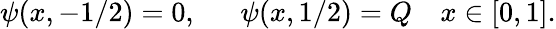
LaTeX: \psi(x,-1/2)=0,~~~~~~\psi(x,1/2)=Q~~~~x\in[0,1].